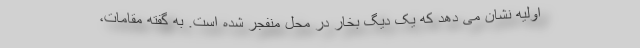
اولیه نشان می دهد که یک دیگ بخار در محل منفجر شده است. به گفته مقامات،